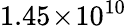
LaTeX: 1.45\! \times\! 10^{10}